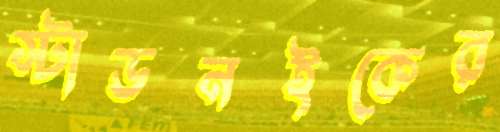
স্টাডনইকের